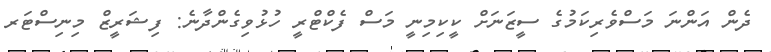
ދެން އަންނަ މަސްވެރިކަމުގެ ސީޒަނަށް ކީކިމިނީ މަސް ފެކްޓްރީ ހުޅުވިގެންދާނެ: ފިޝަރީޒް މިނިސްޓަރ